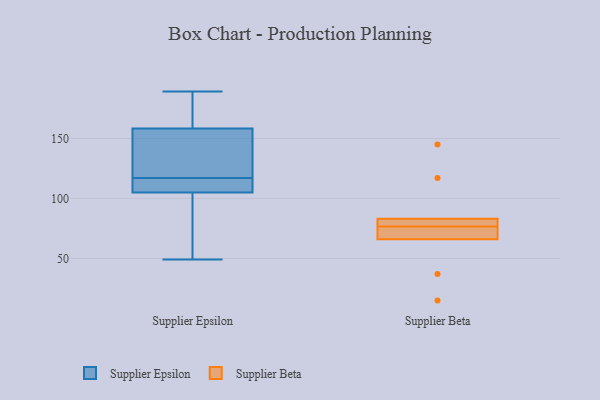
{"axis": {"x": "Temperature (°C)", "y": "Value"}, "legend": ["Supplier Beta", "Supplier Epsilon"], "data": [{"x": "", "y": 164, "type": "Supplier Epsilon"}, {"x": "", "y": 105, "type": "Supplier Epsilon"}, {"x": "", "y": 177, "type": "Supplier Epsilon"}, {"x": "", "y": 117, "type": "Supplier Epsilon"}, {"x": "", "y": 49, "type": "Supplier Epsilon"}, {"x": "", "y": 105, "type": "Supplier Epsilon"}, {"x": "", "y": 189, "type": "Supplier Epsilon"}, {"x": "", "y": 141, "type": "Supplier Epsilon"}, {"x": "", "y": 117, "type": "Supplier Epsilon"}, {"x": "", "y": 51, "type": "Supplier Epsilon"}, {"x": "", "y": 115, "type": "Supplier Epsilon"}, {"x": "", "y": 117, "type": "Supplier Beta"}, {"x": "", "y": 66, "type": "Supplier Beta"}, {"x": "", "y": 37, "type": "Supplier Beta"}, {"x": "", "y": 77, "type": "Supplier Beta"}, {"x": "", "y": 83, "type": "Supplier Beta"}, {"x": "", "y": 81, "type": "Supplier Beta"}, {"x": "", "y": 145, "type": "Supplier Beta"}, {"x": "", "y": 76, "type": "Supplier Beta"}, {"x": "", "y": 74, "type": "Supplier Beta"}, {"x": "", "y": 15, "type": "Supplier Beta"}]}